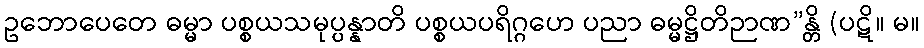
ဥဘောပေတေ ဓမ္မာ ပစ္စယသမုပ္ပန္နာတိ ပစ္စယပရိဂ္ဂဟေ ပညာ ဓမ္မဋ္ဌိတိဉာဏ”န္တိ (ပဋိ။ မ။